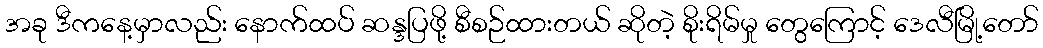
အခု ဒီကနေ့မှာလည်း နောက်ထပ် ဆန္ဒပြဖို့ စီစဉ်ထားတယ် ဆိုတဲ့ စိုးရိမ်မှု တွေကြောင့် ဒေလီမြို့တော်